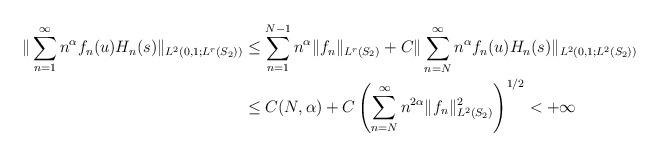
\begin{align*}\| \sum_{n= 1}^\infty n^\alpha f_n(u) H_n(s) \|_{L^2(0, 1 ; L^r(S_2))} & \leq\sum_{n= 1}^{N-1} n^\alpha \| f_n \|_{L^r(S_2)} + C\| \sum_{n= N}^\infty n^\alpha f_n(u) H_n(s) \|_{L^2(0, 1 ; L^2(S_2))}\\& \leq C(N, \alpha) + C \left( \sum_{n= N}^{\infty} n^{2 \alpha} \| f_n \|_{L^2(S_2)}^2\right)^{1/2} < + \infty\end{align*}